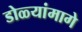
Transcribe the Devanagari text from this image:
डोळ्यांमागे